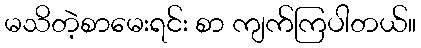
မသိတဲ့စာမေးရင်း စာ ကျက်ကြပါတယ်။